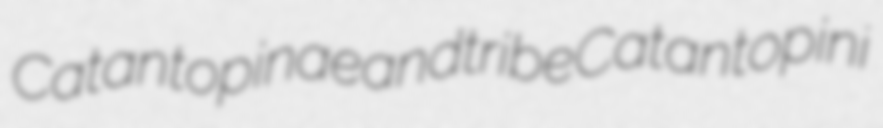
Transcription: Catantopinae and tribe Catantopini